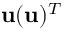
{ \bf u } ( { \bf u } ) ^ { T }